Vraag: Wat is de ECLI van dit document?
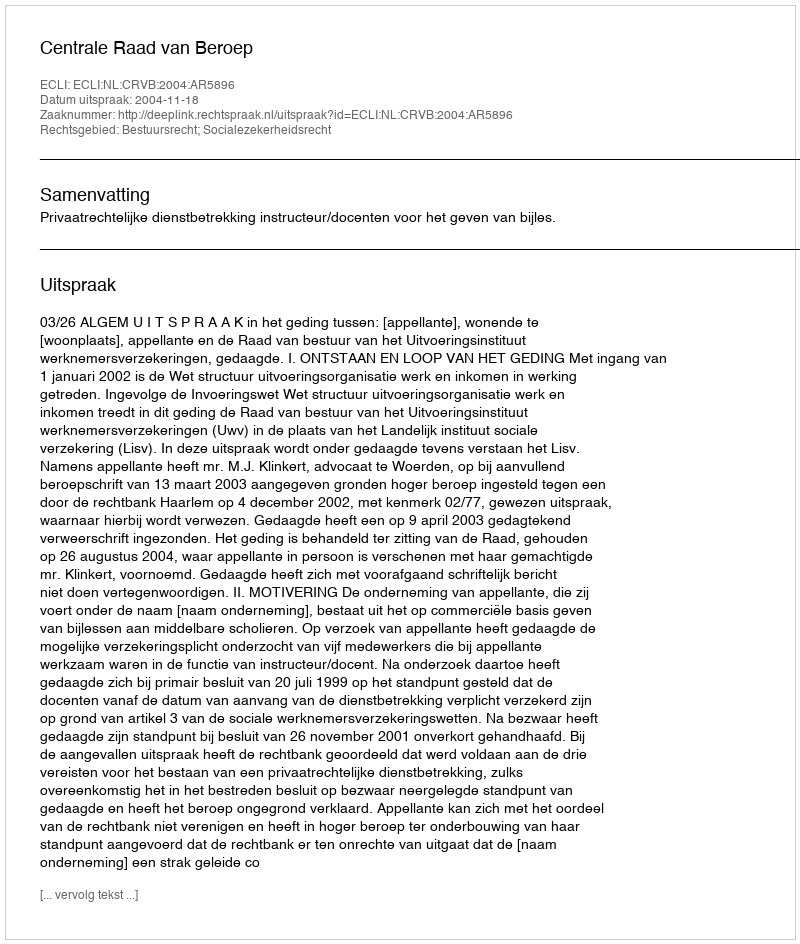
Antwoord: ECLI:NL:CRVB:2004:AR5896